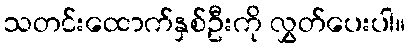
သတင်းထောက်နှစ်ဦးကို လွှတ်ပေးပါ။